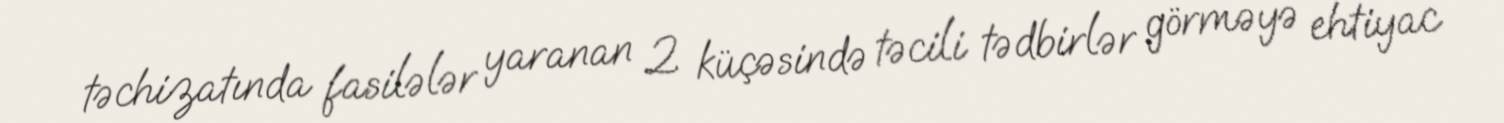
təchizatında fasilələr yaranan 2 küçəsində təcili tədbirlər görməyə ehtiyac